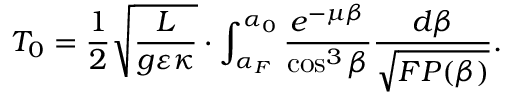
T _ { 0 } = \frac { 1 } { 2 } \sqrt { \frac { L } { g \varepsilon \kappa } } \cdot \int _ { \alpha _ { F } } ^ { \alpha _ { 0 } } { \frac { e ^ { - \mu \beta } } { \cos ^ { 3 } \beta } \frac { d \beta } { \sqrt { F P ( \beta ) } } } .